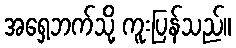
အရှေ့ဘက်သို့ ကူးပြန်သည်။